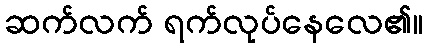
ဆက်လက် ရက်လုပ်နေလေ၏။